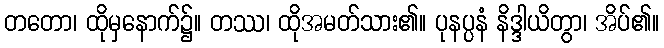
တတော၊ ထိုမှနောက်၌။ တဿ၊ ထိုအမတ်သား၏။ ပုနပ္ပနံ နိဒ္ဒါယိတွာ၊ အိပ်၏။